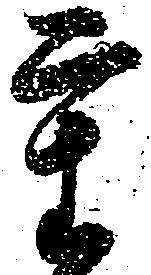
重